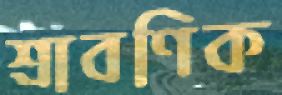
শ্রাবণিক